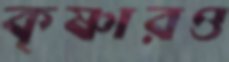
কৃষ্ণারও